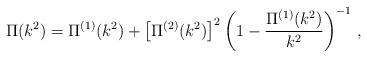
LaTeX: \begin{align*} \Pi(k^{2}) = \Pi^{(1)}(k^{2}) + \left[ \Pi^{(2)}(k^{2}) \right]^{2} \left( 1 - \frac{\Pi^{(1)}(k^{2})}{k^{2}} \right)^{-1} \, ,\end{align*}